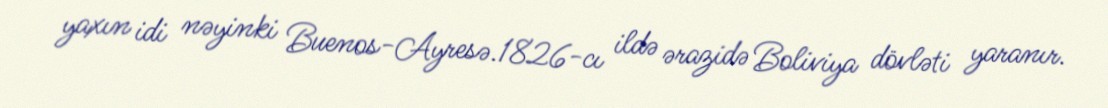
yaxın idi nəyinki Buenos-Ayresə.1826-cı ildə ərazidə Boliviya dövləti yaranır.